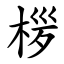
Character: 㭮